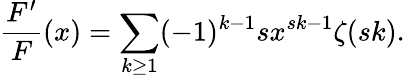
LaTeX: \frac{F^{\prime}}{F}(x)=\sum_{k\ge 1}(-1)^{k-1}sx^{sk-1}\zeta(sk).